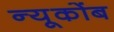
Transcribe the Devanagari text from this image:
न्यूकोंब